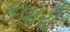
કવારૌ